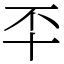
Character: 㔻